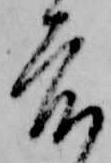
度